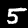
Digit: 5